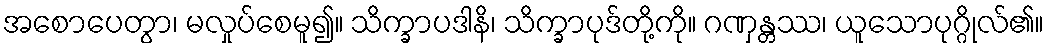
အစောပေတွာ၊ မလှုပ်စေမူ၍။ သိက္ခာပဒါနိ၊ သိက္ခာပုဒ်တို့ကို။ ဂဏှန္တဿ၊ ယူသောပုဂ္ဂိုလ်၏။